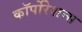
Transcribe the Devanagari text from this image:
कॉर्पोरेशन्‍स